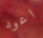
اعود